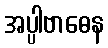
အပ္ပါဗာဓေန